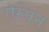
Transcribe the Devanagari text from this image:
ऐस्पन